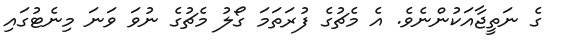
ގެ ނަތީޖާއަކުންނެވެ. އެ މެޗުގެ ފުރަތަމަ ގޯލު މެޗުގެ ނުވަ ވަނަ މިނެޓުގައި